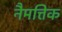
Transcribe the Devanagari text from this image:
नैमत्तिक